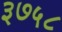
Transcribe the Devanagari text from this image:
३७५८